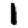
Digit: 1